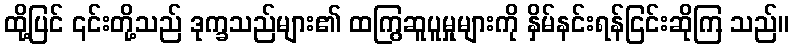
ထို့ပြင် ၎င်းတို့သည် ဒုက္ခသည်များ၏ ထကြွဆူပူမှုများကို နှိမ်နင်းရန်ငြင်းဆိုကြ သည်။